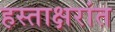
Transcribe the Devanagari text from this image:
हस्ताक्षरांत